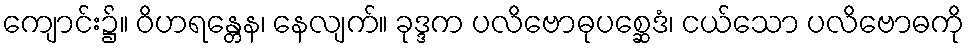
ကျောင်း၌။ ဝိဟရန္တေန၊ နေလျက်။ ခုဒ္ဒက ပလိဗောဓုပစ္ဆေဒံ၊ ငယ်သော ပလိဗောဓကို